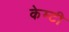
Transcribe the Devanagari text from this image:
केम्टी